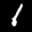
Label: 1